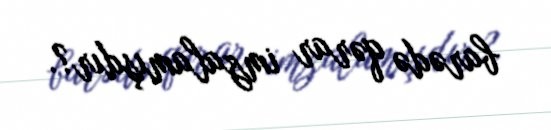
barədə qərar imzalamışdır?.